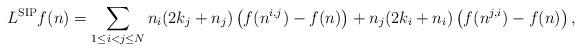
LaTeX: \begin{align*} L^{\mathrm{SIP}} f(n) = \sum_{1 \leq i < j \leq N} n_i(2k_j+n_j) \left(f(n^{i,j}) - f(n) \right) + n_j(2k_i+n_i) \left(f(n^{j,i}) - f(n) \right),\end{align*}